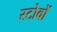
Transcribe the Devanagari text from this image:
स्टोवों